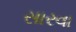
સારવા